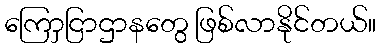
ကြောှငြာဌာနတွေ ဖြစ်လာနိုင်တယ်။